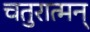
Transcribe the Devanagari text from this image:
चतुरात्मन्